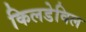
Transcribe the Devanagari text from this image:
किलडेविल